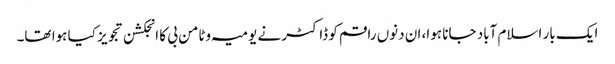
ایک بار اسلام آباد جانا ہوا، ان دنوں راقم کو ڈاکٹر نے یومیہ وٹامن بی کا انجکشن تجویز کیا ہوا تھا۔